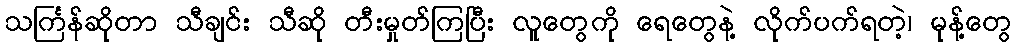
သင်္ကြန်ဆိုတာ သီချင်း သီဆို တီးမှုတ်ကြပြီး လူတွေကို ရေတွေနဲ့ လိုက်ပက်ရတဲ့၊ မုန့်တွေ